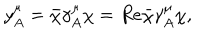
LaTeX: y _ { A } ^ { \mu } = \bar { \chi } \gamma _ { A } ^ { \mu } \chi = R e { \bar { \chi } \gamma _ { A } ^ { \mu } \chi } ,